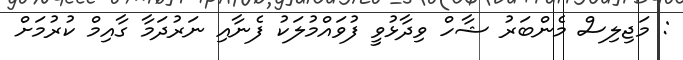
: މަޖިލިސް މެންބަރު ޝާހް ވިދާޅުވީ ފުވައްމުލަކު ފެނާއި ނަރުދަމާ ގާއިމް ކުރުމަށް